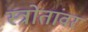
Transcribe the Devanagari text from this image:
स्त्रोतांवर